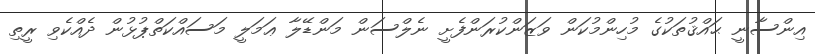
އިންސާނީ ޙައްޤުތަކުގެ މުހިންމުކަން ވަޒަންކުރަންފެށީ ނެލްސަން މަންޑޭލާ ޢަމަލީ މަސައްކަތްޕުޅުން ދެއްކެވި ރީތި